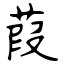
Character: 葭